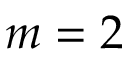
m = 2